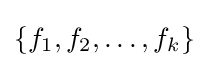
\{f_{1},f_{2},\ldots ,f_{k}\}